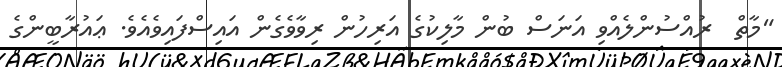
"މާތް  ރުއްސުންލެއްވި އަނަސް ބުން މާލިކުގެ އަރިހުން ރިވާވެގެން އައިސްފައިވެއެވެ. ޢައުރާބީންގެ